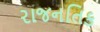
રાજનતિક